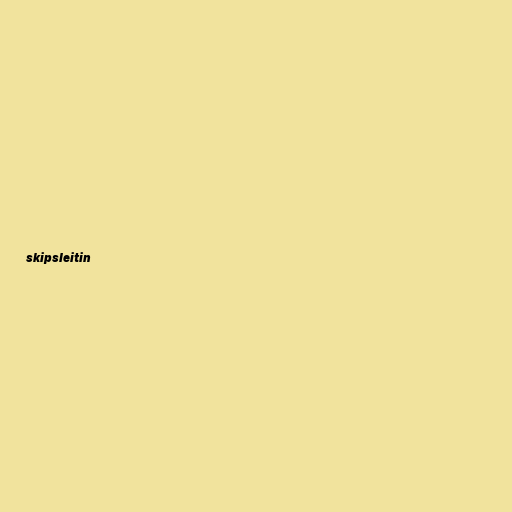
skipsleitin